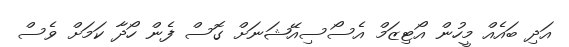
އަދި ބައެއް މީހުން އޯޓިޒަމް އެސޯސިއޭޝަނަށް ގޮސް ފެން ހޯދާ ކަމަށް ވެސް